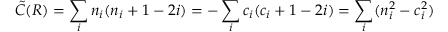
{ \tilde { C } } ( R ) = \sum _ { i } n _ { i } ( n _ { i } + 1 - 2 i ) = - \sum _ { i } c _ { i } ( c _ { i } + 1 - 2 i ) = \sum _ { i } ( n _ { i } ^ { 2 } - c _ { i } ^ { 2 } )